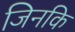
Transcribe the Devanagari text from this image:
जिनकि